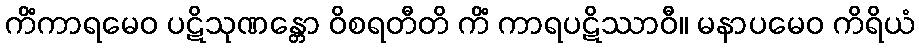
ကိံကာရမေဝ ပဋိသုဏန္တော ဝိစရတီတိ ကိံ ကာရပဋိဿာဝီ။ မနာပမေဝ ကိရိယံ